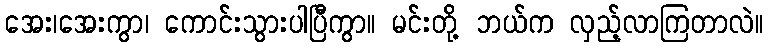
အေး၊အေးကွာ၊ ကောင်းသွားပါပြီကွာ။ မင်းတို့ ဘယ်က လှည့်လာကြတာလဲ။